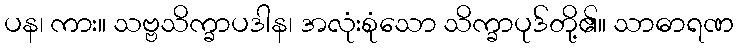
ပန၊ ကား။ သဗ္ဗသိက္ခာပဒါန၊ အလုံးစုံသော သိက္ခာပုဒ်တို့၏။ သာဓာရဏ